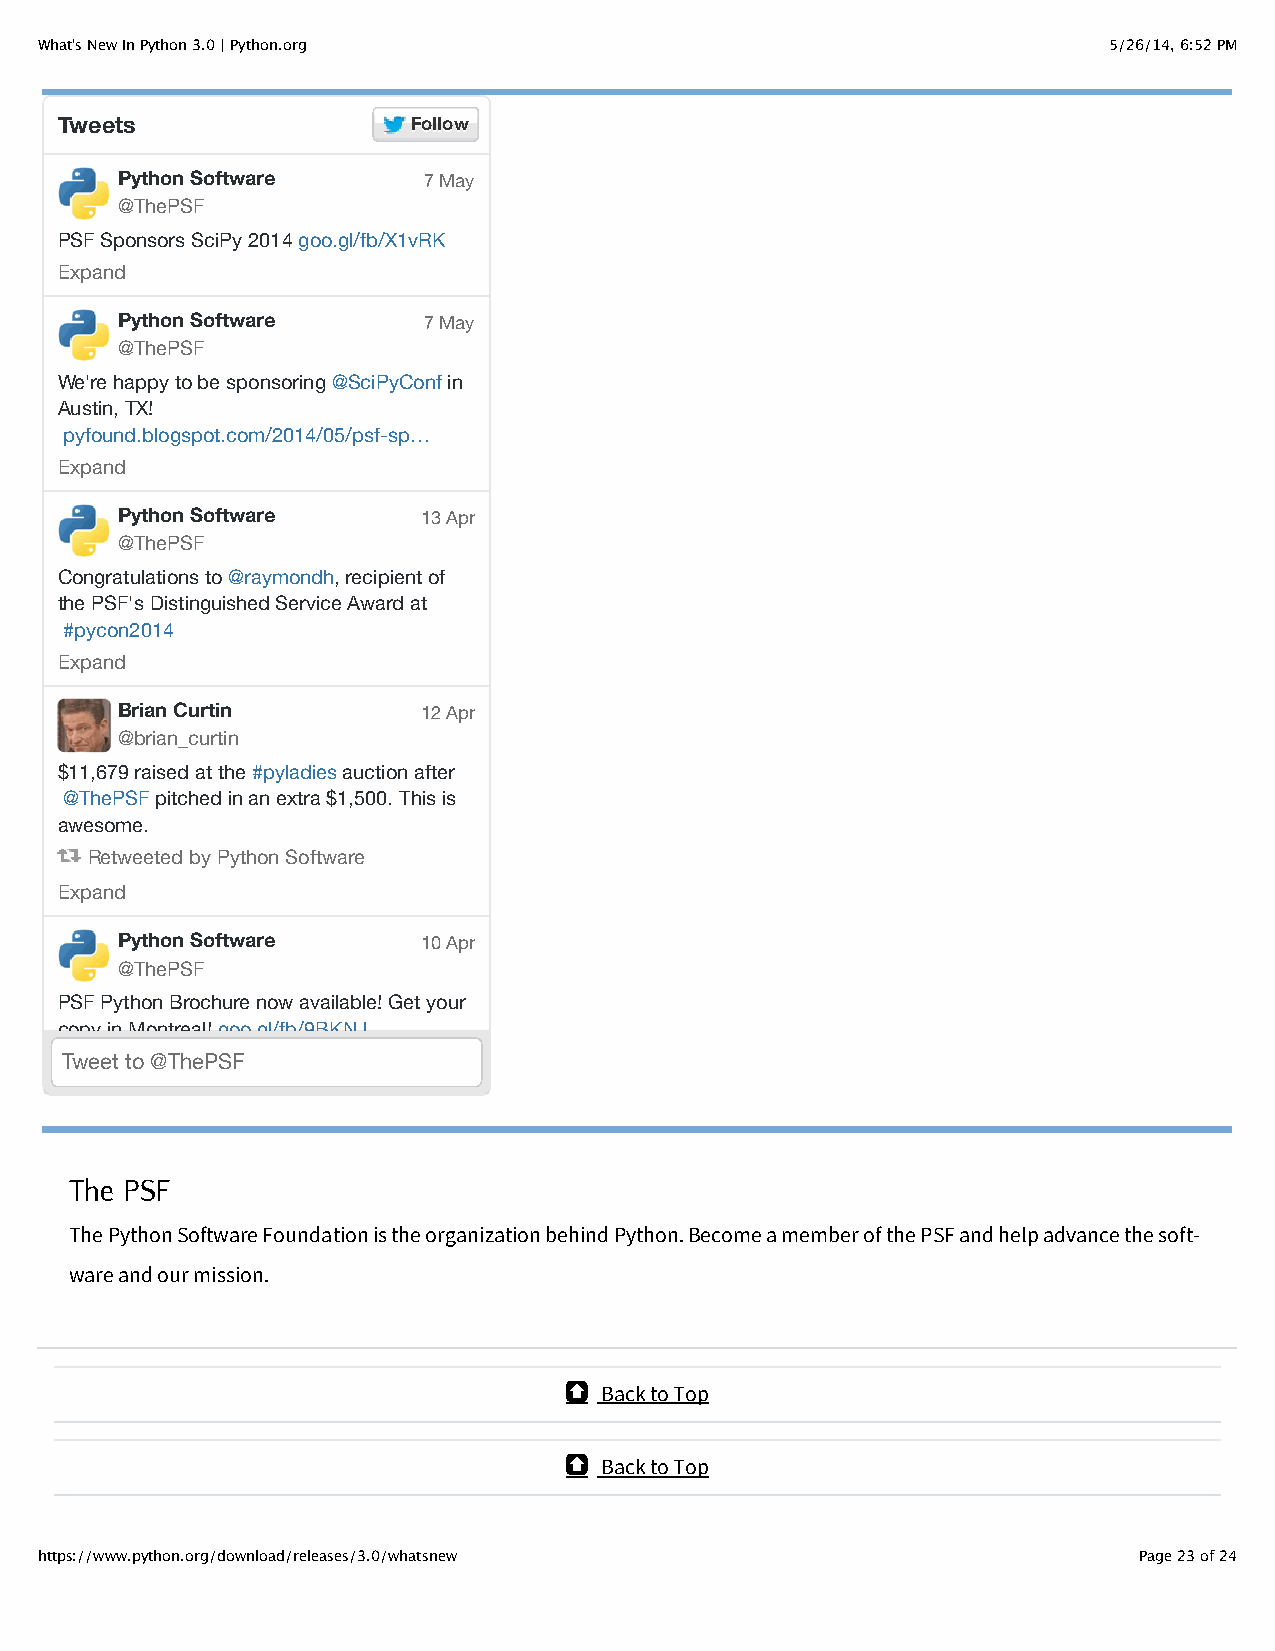
What's New In Python 3.0 | Python.org                                  5/26/14, 6:52 PM
 Tweets                 FFoollllooww
 Python Software     7 May
 @ThePSF
 PSF Sponsors SciPy 2014 goo.gl/fb/X1vRK
 Expand
 Python Software     7 May
 @ThePSF
 We're happy to be sponsoring @SciPyConf in
 Austin, TX!
 pyfound.blogspot.com/2014/05/psf-sp…
 Expand
 Python Software     13 Apr
 @ThePSF
 Congratulations to @raymondh, recipient of
 the PSF's Distinguished Service Award at
 #pycon2014
 Expand
 Brian Curtin        12 Apr
 @brian_curtin
 $11,679 raised at the #pyladies auction after
 @ThePSF pitched in an extra $1,500. This is
 awesome.
 Retweeted by Python Software
 Expand
 Python Software     10 Apr
 @ThePSF
 PSF Python Brochure now available! Get your
 copy in Montreal! goo.gl/fb/9BKNJ
 Tweet to @ThePSF
 The PSF
 The Python Software Foundation is the organization behind Python. Become a member of the PSF and help advance the soft‐
 ware and our mission.
 !  Back to Top
 !  Back to Top
 https://www.python.org/download/releases/3.0/whatsnew                    Page 23 of 24